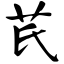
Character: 芪